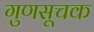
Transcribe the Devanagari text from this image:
गुणसूचक